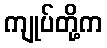
ကျုပ်တို့က